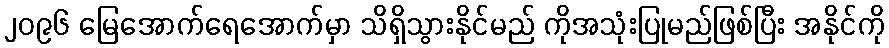
၂၀၉၆ မြေအောက်ရေအောက်မှာ သိရှိသွားနိုင်မည် ကိုအသုံးပြုမည်ဖြစ်ပြီး အနိုင်ကို